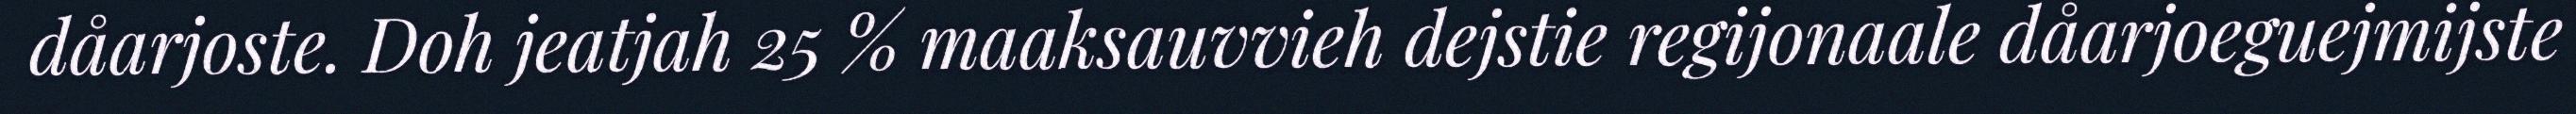
dåarjoste. Doh jeatjah 25 % maaksauvvieh dejstie regijonaale dåarjoeguejmijste